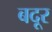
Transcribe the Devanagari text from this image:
बदूर